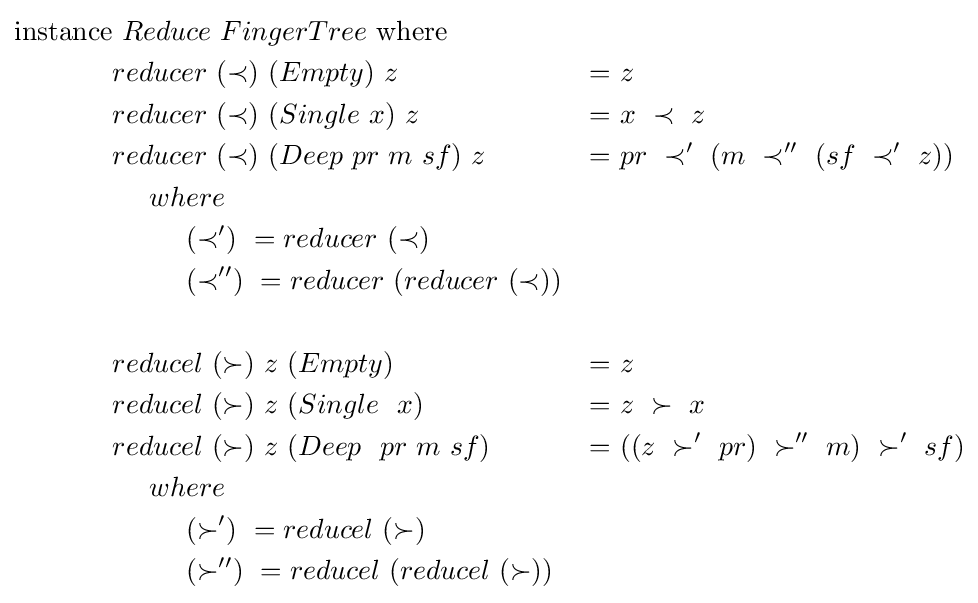
{\begin{aligned}\mathrm {instance} &\ Reduce\ FingerTree\ \mathrm {where} &&\\&reducer\ (\prec )\ (Empty)\ z\ &=&\ z\\&reducer\ (\prec )\ (Single\ x)\ z&=&\ x\ \prec \ z\\&reducer\ (\prec )\ (Deep\ pr\ m\ sf)\ z&=&\ pr\ \prec '\ (m\ \prec ''\ (sf\ \prec '\ z))\\&\ \ \ \ where\\&\ \ \ \ \ \ \ \ (\prec ')\ =reducer\ (\prec )\\&\ \ \ \ \ \ \ \ (\prec '')\ =reducer\ (reducer\ (\prec ))\\\\&reducel\ (\succ )\ z\ (Empty)\ &=&\ z\\&reducel\ (\succ )\ z\ (Single\ \ x)\ &=&\ z\ \succ \ x\\&reducel\ (\succ )\ z\ (Deep\ \ pr\ m\ sf)\ &=&\ ((z\ \succ '\ pr)\ \succ ''\ m)\ \succ '\ sf)\\&\ \ \ \ where\\&\ \ \ \ \ \ \ \ (\succ ')\ =reducel\ (\succ )\\&\ \ \ \ \ \ \ \ (\succ '')\ =reducel\ (reducel\ (\succ ))\\\end{aligned}}